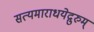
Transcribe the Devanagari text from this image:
सत्यमाराधयेद्गुरुम्